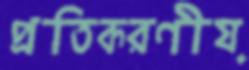
প্রতিকরণীয়